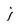
Character: j